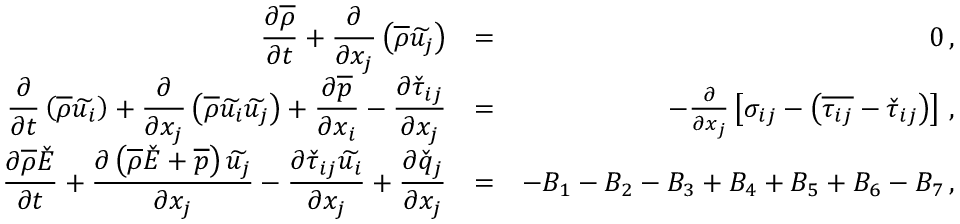
\begin{array} { r l r } { \displaystyle \frac { \partial \overline { { \rho } } } { \partial t } + \frac { \partial } { \partial x _ { j } } \left( \overline { { \rho } } \widetilde { u _ { j } } \right) } & { = } & { 0 \, \mathrm { , } } \\ { \displaystyle \frac { \partial } { \partial t } \left( \overline { { \rho } } \widetilde { u _ { i } } \right) + \frac { \partial } { \partial x _ { j } } \left( \overline { { \rho } } \widetilde { u _ { i } } \widetilde { u _ { j } } \right) + \frac { \partial \overline { { p } } } { \partial x _ { i } } - \frac { \partial \check { \tau } _ { i j } } { \partial x _ { j } } } & { = } & { - \frac { \partial } { \partial x _ { j } } \left[ \sigma _ { i j } - \left( \overline { { \tau _ { i j } } } - \check { \tau } _ { i j } \right) \right] \, \mathrm { , } } \\ { \displaystyle \frac { \partial \overline { { \rho } } \check { E } } { \partial t } + \frac { \partial \left( \overline { { \rho } } \check { E } + \overline { { p } } \right) \widetilde { u _ { j } } } { \partial x _ { j } } - \frac { \partial \check { \tau } _ { i j } \widetilde { u _ { i } } } { \partial x _ { j } } + \frac { \partial \check { q } _ { j } } { \partial x _ { j } } } & { = } & { - B _ { 1 } - B _ { 2 } - B _ { 3 } + B _ { 4 } + B _ { 5 } + B _ { 6 } - B _ { 7 } \, \mathrm { , } } \end{array}